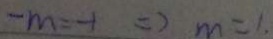
- m = - 1 \Rightarrow m = 1 ,